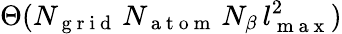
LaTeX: \Theta(N_{\mathrm{~g~r~i~d~}}\, N_{\mathrm{~a~t~o~m~}}\, N_{\beta}\, l_{\mathrm{~m~a~x~}}^{2})